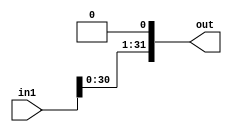
module bit1_SLL(in1, out);

input [31:0] in1;
output [31:0] out;


assign out[0] = 1'b0;
genvar c;
   generate
	for(c=1; c<=31;c=c+1) begin: loop1
	
	assign out[c] = in1[c-1];
	
	end
	endgenerate


endmodule